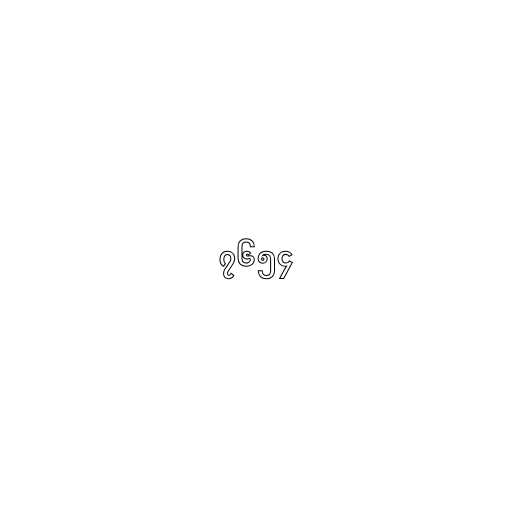
၇၆၅၄